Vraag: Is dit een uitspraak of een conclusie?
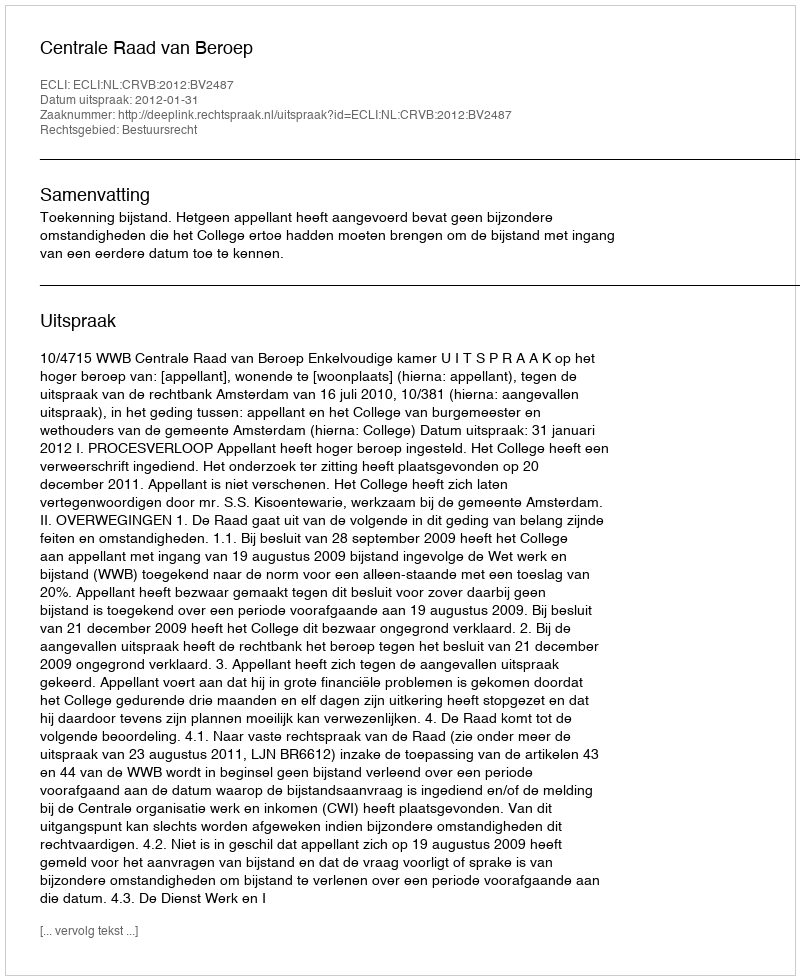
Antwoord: Uitspraak